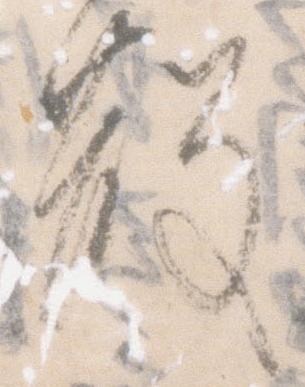
散